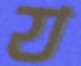
য